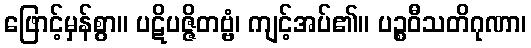
ဖြောင့်မှန်စွာ။ ပဋိပဇ္ဇိတဗ္ဗံ၊ ကျင့်အပ်၏။ ပဉ္စဝီသတိဂုဏာ၊